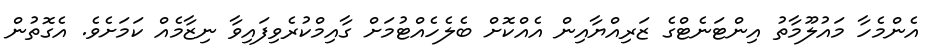
އެންމެހާ މައުލޫމާތު އިންޓަނެޓްގެ ޒަރިއްޔާއިން އެއްކޮށް ބެލެހެއްޓުމަށް ގާއިމްކުރެވިފައިވާ ނިޒާމެއް ކަމަށެވެ. އެގޮތުން